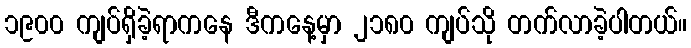
၁၉၀၀ ကျပ်ရှိခဲ့ရာကနေ ဒီကနေ့မှာ ၂၁၈၀ ကျပ်သို တက်လာခဲ့ပါတယ်။